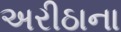
અરીઠાના